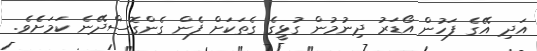
އަދި އޭގެ ފަހުން އޯޑަރު ދިނުމުން ގުޅީގެ ގެތަކަށް ފެން ގެންގޮސްދޭނެ ކަމަށެެވެ.